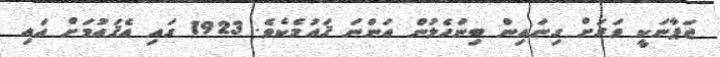
ޖަޕާނަކީ ވަރަށް ގިނައިން ބިންހެލުން އަންނަ ޤައުމެކެވެ. 1923 ގައި އެޤައުމަށް އައި